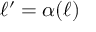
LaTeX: \ell ^ { \prime } = \alpha ( \ell )